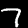
Digit: 7